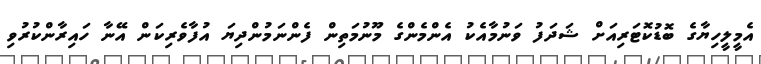
އެމީލީހިޔާގެ ބޮޑުކޮޓަރިއަށް ޝަދަފު ވަނުމާއެކު އެންމެންގެ މޫނުމަތިން ފެންނަމުންދިޔަ އުފާވެރިކަން އޭނާ ހައިރާންކުރުވި